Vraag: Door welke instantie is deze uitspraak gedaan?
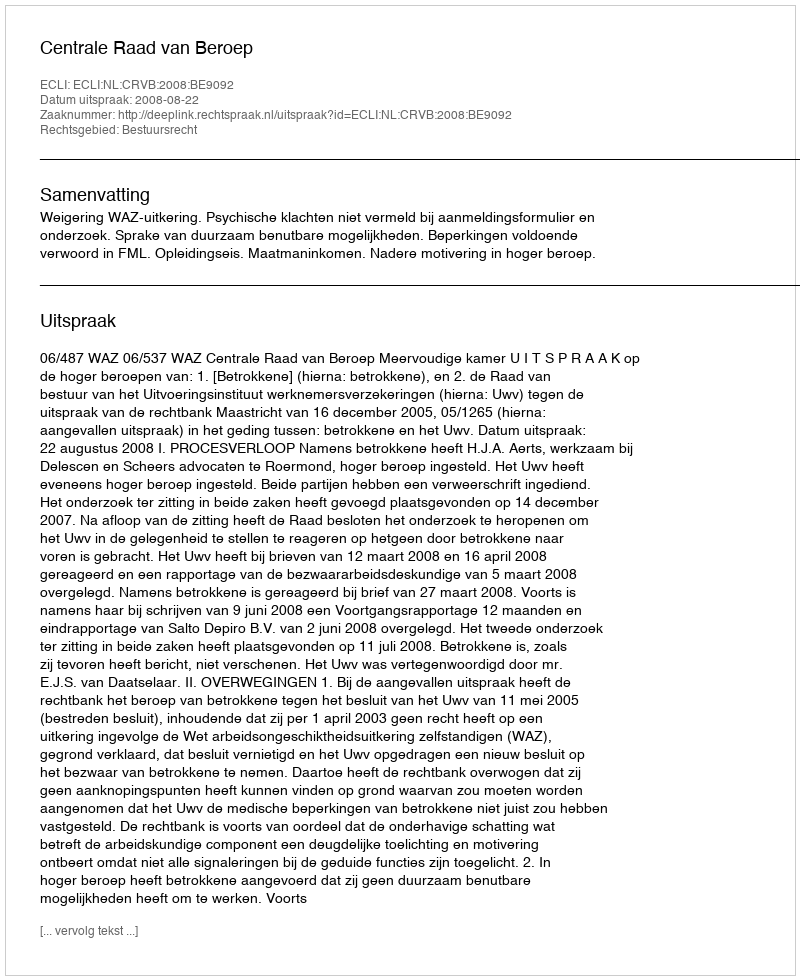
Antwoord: Centrale Raad van Beroep